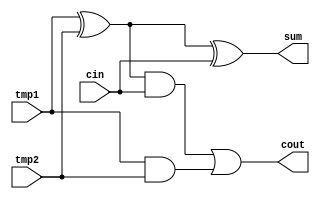
/***************************************************
Student Name:  
Student ID: 0716203
***************************************************/
module full_adder(input tmp1,tmp2,cin, output sum,cout);
	wire w1,w2,w3;
	xor g1(w1,tmp1,tmp2);
	xor g2(sum,w1,cin);
	and g3(w2,w1,cin);
	and g4(w3,tmp1,tmp2);
	or  g5(cout,w2,w3);
endmodule